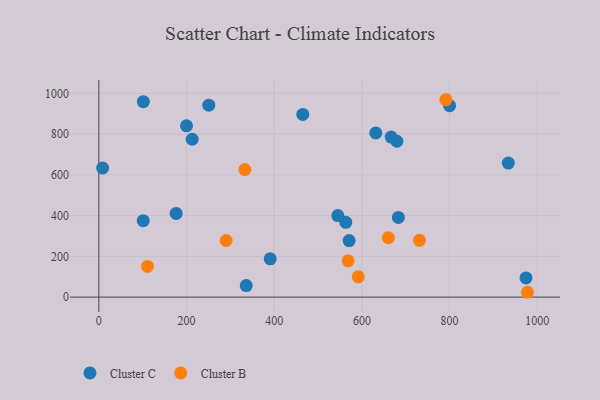
{"axis": {"x": "Price", "y": "Rating"}, "legend": ["Cluster B", "Cluster C"], "data": [{"x": "212.9", "y": 774.9, "type": "Cluster C"}, {"x": "679.9", "y": 765.1, "type": "Cluster C"}, {"x": "563.3", "y": 366.8, "type": "Cluster C"}, {"x": "800.0", "y": 939.8, "type": "Cluster C"}, {"x": "683.2", "y": 391.0, "type": "Cluster C"}, {"x": "250.8", "y": 942.1, "type": "Cluster C"}, {"x": "390.9", "y": 188.0, "type": "Cluster C"}, {"x": "974.4", "y": 94.0, "type": "Cluster C"}, {"x": "631.7", "y": 805.6, "type": "Cluster C"}, {"x": "934.0", "y": 658.0, "type": "Cluster C"}, {"x": "8.6", "y": 633.6, "type": "Cluster C"}, {"x": "176.3", "y": 410.5, "type": "Cluster C"}, {"x": "200.0", "y": 840.8, "type": "Cluster C"}, {"x": "101.5", "y": 959.2, "type": "Cluster C"}, {"x": "101.3", "y": 374.9, "type": "Cluster C"}, {"x": "465.2", "y": 896.8, "type": "Cluster C"}, {"x": "570.9", "y": 277.4, "type": "Cluster C"}, {"x": "545.2", "y": 400.4, "type": "Cluster C"}, {"x": "336.2", "y": 56.6, "type": "Cluster C"}, {"x": "666.8", "y": 785.6, "type": "Cluster C"}, {"x": "731.2", "y": 278.5, "type": "Cluster B"}, {"x": "111.0", "y": 150.5, "type": "Cluster B"}, {"x": "568.7", "y": 178.0, "type": "Cluster B"}, {"x": "290.4", "y": 277.9, "type": "Cluster B"}, {"x": "791.7", "y": 968.8, "type": "Cluster B"}, {"x": "977.5", "y": 23.7, "type": "Cluster B"}, {"x": "333.0", "y": 626.0, "type": "Cluster B"}, {"x": "591.7", "y": 99.4, "type": "Cluster B"}, {"x": "660.3", "y": 291.8, "type": "Cluster B"}]}